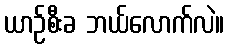
ယာဉ်စီးခ ဘယ်လောက်လဲ။